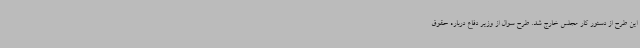
این طرح از دستور کار مجلس خارج شد. طرح سوال از وزیر دفاع درباره حقوق